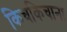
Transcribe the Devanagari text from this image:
किचकिचाना